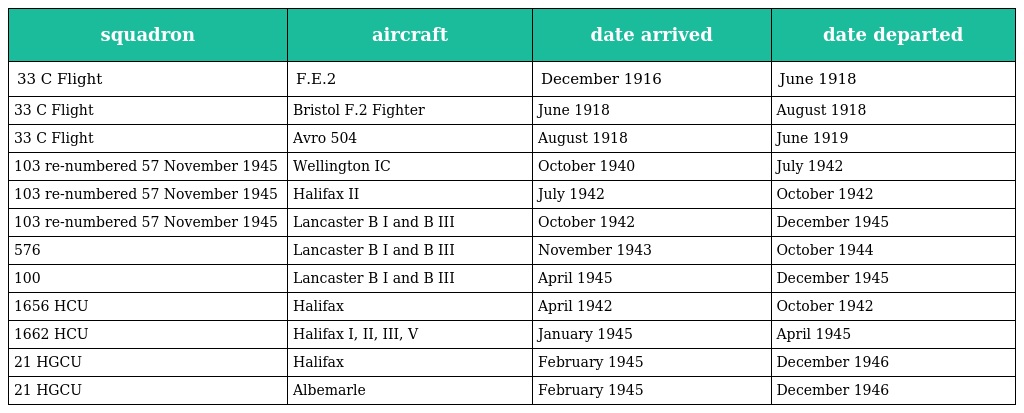
| squadron | aircraft | date arrived | date departed |
 | --- | --- | --- | --- |
 | 33 C Flight | F.E.2 | December 1916 | June 1918 |
 | 33 C Flight | Bristol F.2 Fighter | June 1918 | August 1918 |
 | 33 C Flight | Avro 504 | August 1918 | June 1919 |
 | 103 re-numbered 57 November 1945 | Wellington IC | October 1940 | July 1942 |
 | 103 re-numbered 57 November 1945 | Halifax II | July 1942 | October 1942 |
 | 103 re-numbered 57 November 1945 | Lancaster B I and B III | October 1942 | December 1945 |
 | 576 | Lancaster B I and B III | November 1943 | October 1944 |
 | 100 | Lancaster B I and B III | April 1945 | December 1945 |
 | 1656 HCU | Halifax | April 1942 | October 1942 |
 | 1662 HCU | Halifax I, II, III, V | January 1945 | April 1945 |
 | 21 HGCU | Halifax | February 1945 | December 1946 |
 | 21 HGCU | Albemarle | February 1945 | December 1946 |